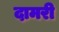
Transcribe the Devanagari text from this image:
दामरी